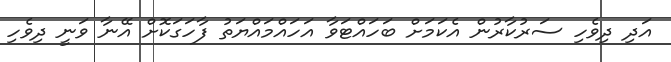
އަދި ދިވެހި ސަރުކާރުން އެކަމަށް ބަހައްޓަވާ އަހައްމައްޔަތު ފާހަގަކޮށް އޭނާ ވަނީ ދިވެހި